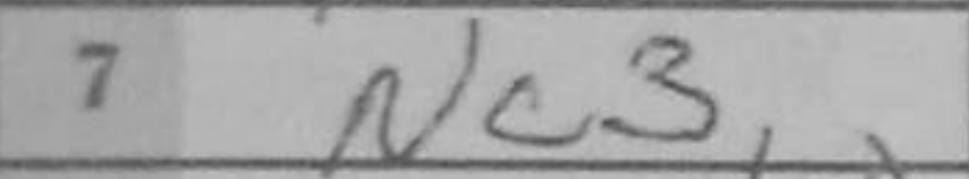
Transcription: Nc3